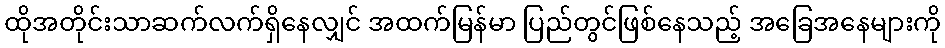
ထိုအတိုင်းသာဆက်လက်ရှိနေလျှင် အထက်မြန်မာ ပြည်တွင်ဖြစ်နေသည့် အခြေအနေများကို